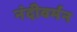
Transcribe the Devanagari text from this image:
नंदीवर्मन